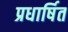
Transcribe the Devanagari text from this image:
प्रधार्षित